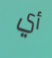
أي